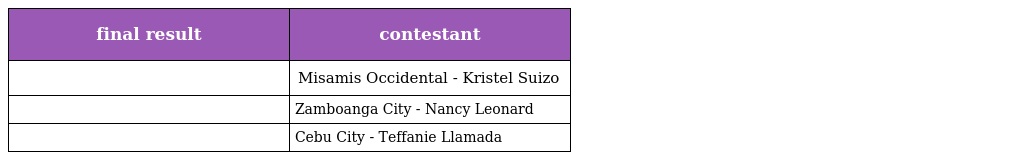
| final result | contestant |
 | --- | --- |
 |  | Misamis Occidental - Kristel Suizo |
 |  | Zamboanga City - Nancy Leonard |
 |  | Cebu City - Teffanie Llamada |